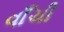
વાઁચી